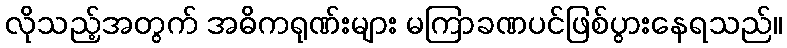
လိုသည့်အတွက် အဓိကရုဏ်းများ မကြာခဏပင်ဖြစ်ပွားနေရသည်။